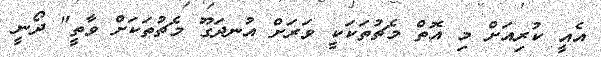
އެއީ ކުރިއަށް މި އޮތް މެޗުތަކަކީ ވަރަށް އުނދަގޫ މެޗުތަކަށް ވާތީ" ދޯނީ